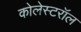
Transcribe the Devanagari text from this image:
कोलेस्टरॉल